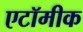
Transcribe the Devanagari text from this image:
एटॉमीक